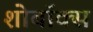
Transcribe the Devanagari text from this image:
शोबॉक्स